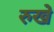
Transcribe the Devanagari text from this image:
रुखे